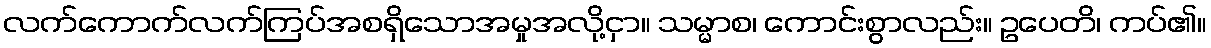
လက်ကောက်လက်ကြပ်အစရှိသောအမှုအလို့ငှာ။ သမ္မာစ၊ ကောင်းစွာလည်း။ ဥပေတိ၊ ကပ်၏။